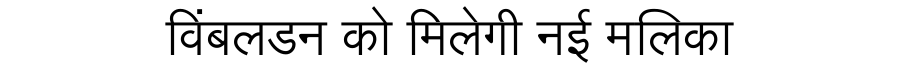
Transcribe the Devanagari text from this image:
विंबलडन को मिलेगी नई मलिका